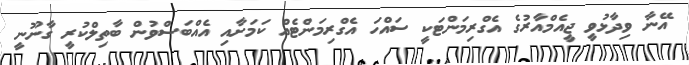
އޭނާ ވިދާޅުވީ ޖީއެމްއާރުގެ އެގްރިމަންޓަކީ ސައްހަ އެގްރިމަންޓެއް ކަމަށާއި އެއްބަސްވުން ބާތިލްކުރީ ގާނޫނީ